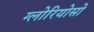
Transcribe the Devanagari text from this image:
ग्लोरियोसो